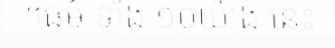
។ធម៌ ទាំង ១០យ៉ាង នេះ